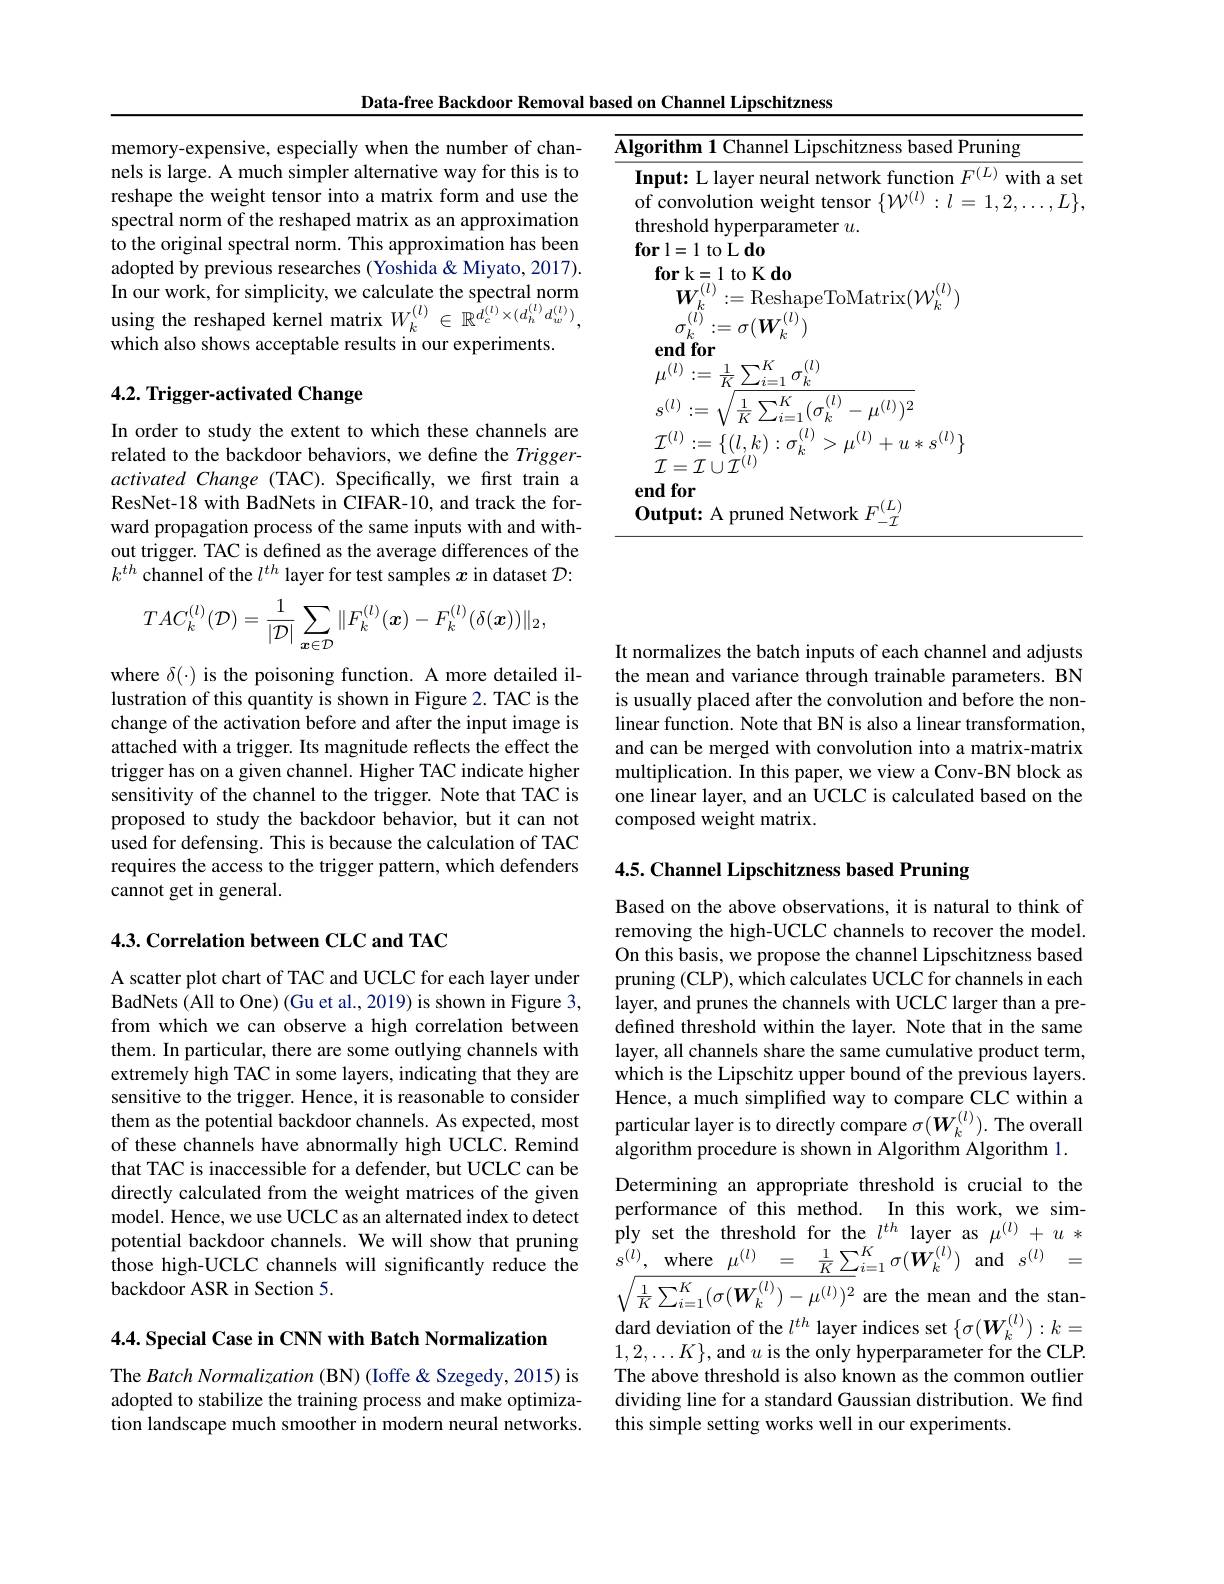
Data-free Backdoor Removal based on Channel Lipschitzness

<table>
	<tbody>
		<tr>
			<td>$\overline{\mathbf{lg}}$</td>
			<td>rithm 1 Channel Lipschitzness based Pruning</td>
		</tr>
		<tr>
			<td>$\mathbf{I}$</td>
			<td>put: L layer neural network function $F^{(L)}$ with a</td>
		</tr>
		<tr>
			<td>C</td>
			<td>1 10 $\textbf{tput: A pruned Network }F_{\tau }^{( L) }$</td>
		</tr>
	</tbody>
</table>

memory-expensive, especially when the number of channels is large. A much simpler alternative way for this is to reshape the weight tensor into a matrix form and use the spectral norm of the reshaped matrix as an approximation to the original spectral norm. This approximation has been adopted by previous researches (Yoshida & Miyato, 2017). In our work, for simplicity, we calculate the spectral norm using the reshaped kernel matrix $W_k^{(l)}\in\mathbb{R}^{d_c^{(l)}\times(d_h^{(l)}d_w^{(l)})}$, which also shows acceptable results in our experiments.

# 4.2. Trigger-activated Change

In order to study the extent to which these channels are related to the backdoor behaviors, we define the Triggeractivated Change (TAC). Specifically, we first train a ResNet-18 with BadNets in CIFAR-10, and track the forward propagation process of the same inputs with and without trigger. TAC is defined as the average differences of the $k^{th}$ channel of the $l^th$ layer for test samples $x$ in dataset $\mathcal{D}:$
$$TAC_{k}^{(l)}(\mathcal{D})=\frac{1}{|\mathcal{D}|}\sum_{x\in\mathcal{D}}\|F_{k}^{(l)}(\boldsymbol{x})-F_{k}^{(l)}(\delta(\boldsymbol{x}))\|_{2},$$
where $\delta(\cdot)$ is the poisoning function. A more detailed illustration of this quantity is shown in Figure 2. TAC is the change of the activation before and after the input image is attached with a trigger. Its magnitude reflects the effect the trigger has on a given channel. Higher TAC indicate higher sensitivity of the channel to the trigger. Note that TAC is proposed to study the backdoor behavior, but it can not used for defensing. This is because the calculation of TAC requires the access to the trigger pattern, which defenders cannot get in general.

4.3. Correlation between CLC and TAC

A scatter plot chart of TAC and UCLC for each layer under BadNets (All to One) (Gu et al., 2019) is shown in Figure 3, from which we can observe a high correlation between them. In particular, there are some outlying channels with extremely high TAC in some layers, indicating that they are sensitive to the trigger. Hence, it is reasonable to consider them as the potential backdoor channels. As expected, most of these channels have abnormally high UCLC. Remind that TAC is inaccessible for a defender, but UCLC can be directly calculated from the weight matrices of the given model. Hence, we use UCLC as an alternated index to detect potential backdoor channels. We will show that pruning those high-UCLC channels will significantly reduce the backdoor ASR in Section 5.

4.4. Special Case in CNN with Batch Normalization

The Batch Normalization (BN) (Ioffe&Szegedy,2015) is adopted to stabilize the training process and make optimization landscape much smoother in modern neural networks.

It normalizes the batch inputs of each channel and adjusts the mean and variance through trainable parameters. BN is usually placed after the convolution and before the nonlinear function. Note that BN is also a linear transformation, and can be merged with convolution into a matrix-matrix multiplication. In this paper, we view a Conv-BN block as one linear layer, and an UCLC is calculated based on the composed weight matrix.

4.5. Channel Lipschitzness based Pruning

Based on the above observations, it is natural to think of removing the high-UCLC channels to recover the model. On this basis, we propose the channel Lipschitzness based pruning (CLP), which calculates UCLC for channels in each layer, and prunes the channels with UCLC larger than a predefined threshold within the layer. Note that in the same layer, all channels share the same cumulative product term, which is the Lipschitz upper bound of the previous layers. Hence, a much simplified way to compare CLC within a particular layer is to directly compare $\sigma(W_k^{(l)}).$ The overall algorithm procedure is shown in Algorithm Algorithm 1. Determining an appropriate threshold is crucial to the performance of this method. In this work, we simply set the threshold for the $l^{th}$ layer as $\mu^{(l)}+u*$ $\sqrt{\frac1K\sum_{i=1}^K(\sigma(\boldsymbol{W}_k^{(l)})-\mu^{(l)})^2}$ are the mean and the standard deviation of the $l^{th}$ layer indices set $\{\sigma(\boldsymbol W_k^{(l)}):k=$ $1,2,\ldots K\}$,and $u$ is the only hyperparameter for the CLP. The above threshold is also known as the common outlier dividing line for a standard Gaussian distribution. We find this simple setting works well in our experiments.